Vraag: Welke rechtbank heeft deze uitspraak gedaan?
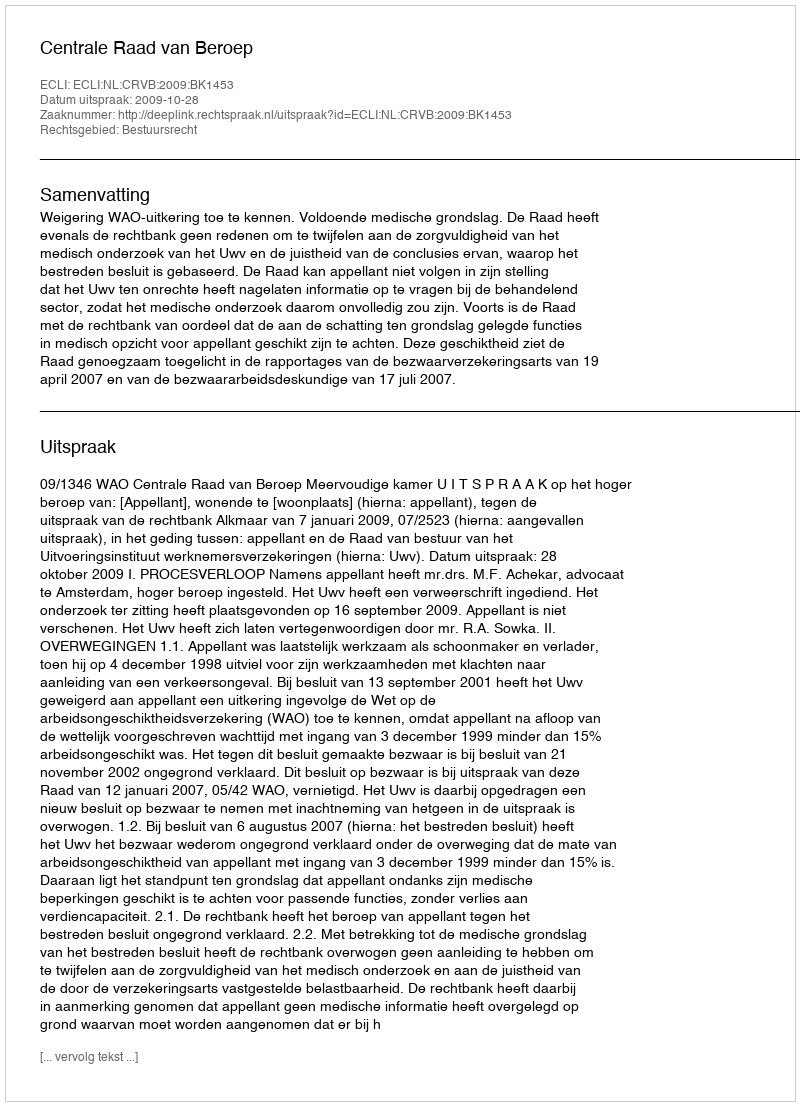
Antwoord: Centrale Raad van Beroep